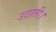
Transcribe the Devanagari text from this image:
उठाती।